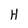
Character: H